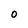
Character: O